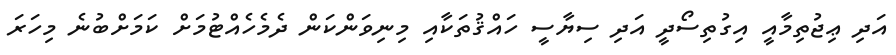
އަދި ޢިޖުތިމާއީ އިގުތިސޯދީ އަދި ސިޔާސީ ހައްޤުތަކާއި މިނިވަންކަން ދެމެހެއްޓުމަށް ކަމަށްބުނެ މިހަރަ